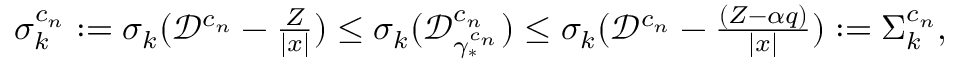
\begin{array} { r } { \sigma _ { k } ^ { c _ { n } } : = \sigma _ { k } ( \mathcal D ^ { c _ { n } } - \frac { Z } { | x | } ) \leq \sigma _ { k } ( \mathcal D _ { \gamma _ { * } ^ { c _ { n } } } ^ { c _ { n } } ) \leq \sigma _ { k } ( \mathcal D ^ { c _ { n } } - \frac { ( Z - \alpha q ) } { | x | } ) : = \Sigma _ { k } ^ { c _ { n } } , } \end{array}